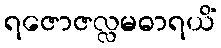
ရဇောဇလ္လမဓာရယိံ